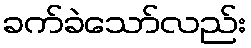
ခက်ခဲသော်လည်း